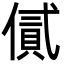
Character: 㒃